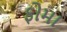
ફોમા